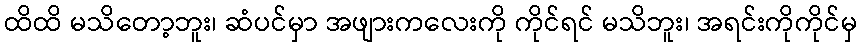
ထိထိ မသိတော့ဘူး၊ ဆံပင်မှာ အဖျားကလေးကို ကိုင်ရင် မသိဘူး၊ အရင်းကိုကိုင်မှ